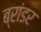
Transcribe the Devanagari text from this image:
ब्रांडर